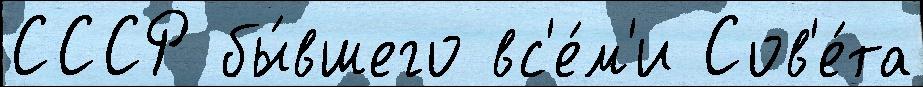
СССР бы́вшего вс'е́м'и Сов'е́та